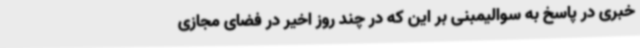
خبری در پاسخ به سوالیمبنی بر این که در چند روز اخیر در فضای مجازی